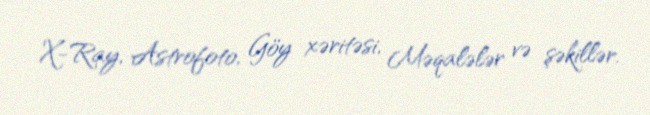
X-Ray, Astrofoto, Göy xəritəsi, Məqalələr və şəkillər.